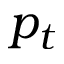
p _ { t }